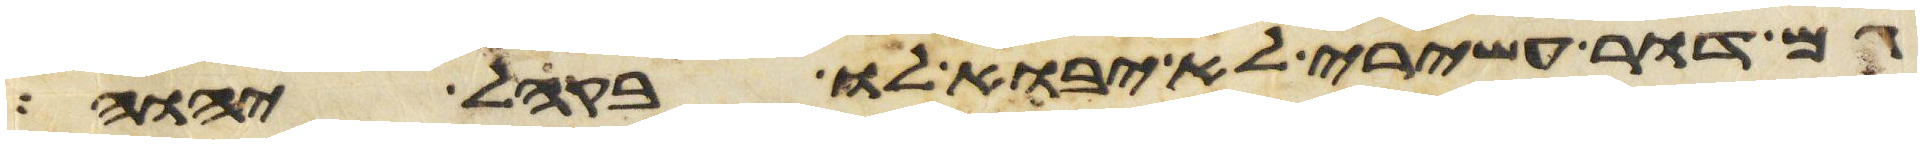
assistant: גם דור עשירי לא יבוא לו בקהל יהוה